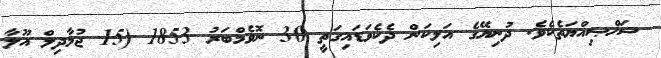
ޝަޚްޞިއްޔަތެކެވެ. ދުނިޔޭގެ އަލިކަން ދެކެވަޑައިގަތީ 30 ނޮވެމްބަރު 1853 (15 ޖުމާދިލް އޫލާ